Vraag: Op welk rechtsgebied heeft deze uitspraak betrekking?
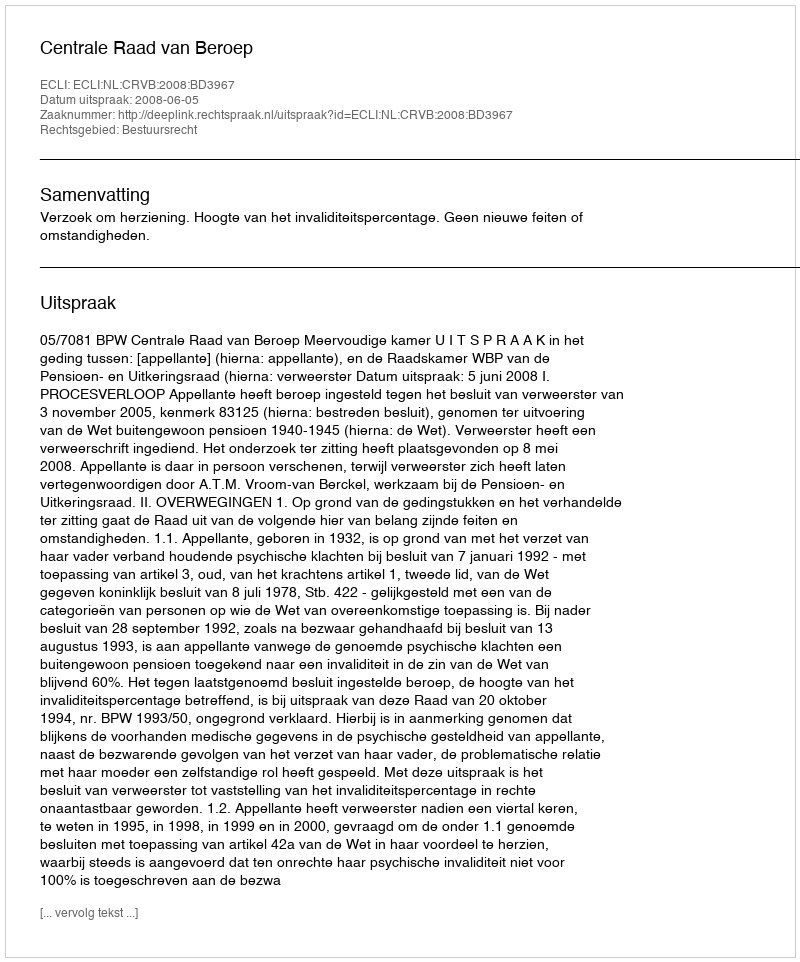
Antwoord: Bestuursrecht